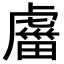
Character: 𧇕